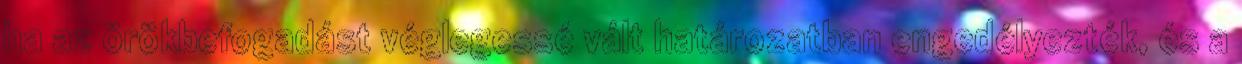
ha az örökbefogadást véglegessé vált határozatban engedélyezték, és a